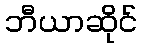
ဘီယာဆိုင်